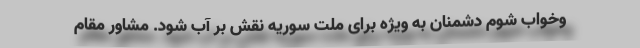
وخواب شوم دشمنان به ویژه برای ملت سوریه نقش بر آب شود. مشاور مقام